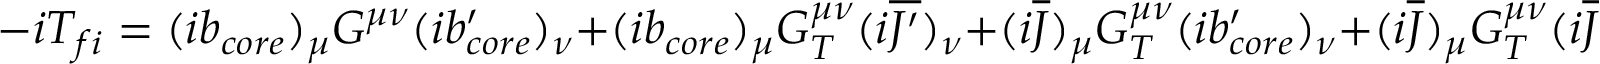
- i T _ { f i } = ( i b _ { c o r e } ) _ { \mu } G ^ { \mu \nu } ( i b _ { c o r e } ^ { \prime } ) _ { \nu } + ( i b _ { c o r e } ) _ { \mu } G _ { T } ^ { \mu \nu } ( i \overline { { { J ^ { \prime } } } } ) _ { \nu } + ( i \overline { { J } } ) _ { \mu } G _ { T } ^ { \mu \nu } ( i b _ { c o r e } ^ { \prime } ) _ { \nu } + ( i \overline { { J } } ) _ { \mu } G _ { T } ^ { \mu \nu } ( i \overline { { { J ^ { \prime } } } } ) _ { \nu } ,